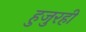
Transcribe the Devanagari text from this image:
हुजुरही